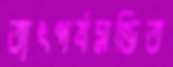
তাৎপর্যমণ্ডিত